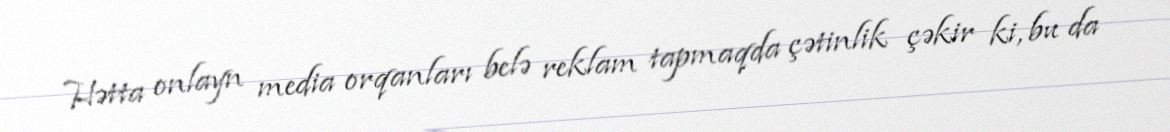
Hətta onlayn media orqanları belə reklam tapmaqda çətinlik çəkir ki, bu da